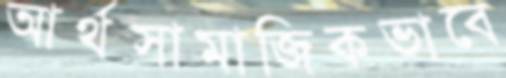
আর্থসামাজিকভাবে